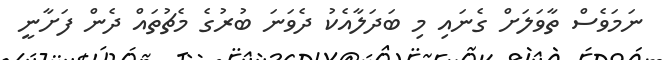
ނަމަވެސް ތާވަލަށް ގެނައި މި ބަދަލާއެކު ދެވަނަ ބުރުގެ މެޗުތައް ދެން ފަށާނީ